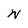
Character: W